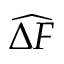
\widehat { \Delta F }